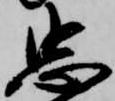
忠